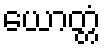
ယောတ္တံ